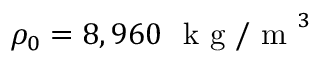
\rho _ { 0 } = 8 , 9 6 0 ~ \mathrm { ~ k ~ g ~ / ~ m ~ } ^ { 3 }